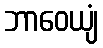
ဘာဝေယျံ